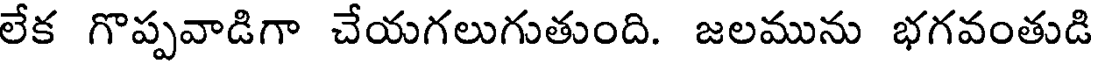
లేక గొప్పవాడిగా చేయగలుగుతుంది. జలమును భగవంతుడి